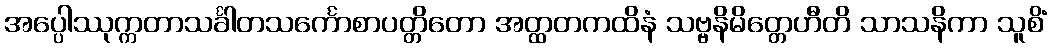
အပ္ပေါဿုက္ကတာသင်္ခါတသင်္ကောစာပတ္တိတော အတ္ထတကထိနံ သဗ္ဗနိမိတ္တေဟီတိ သာသနိကာ သူစိံ